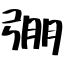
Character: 弸